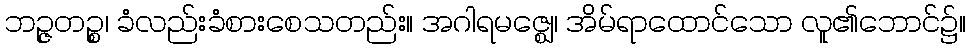
ဘဉ္ဇတဉ္စ၊ ခံလည်းခံစားစေသတည်း။ အဂါရမဇ္ဈေ၊ အိမ်ရာထောင်သော လူ၏ဘောင်၌။